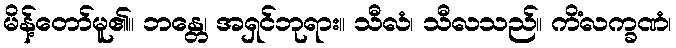
မိန့်တော်မူ၏။ ဘန္တေ၊ အရှင်ဘုရား။ သီလံ၊ သီလသည်။ ကိံလက္ခဏံ၊